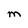
Character: M